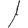
Digit: 1